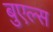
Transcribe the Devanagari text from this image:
बुएल्स